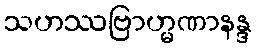
သဟဿဗြာဟ္မဏာနန္ဒ